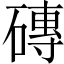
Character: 磚